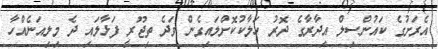
އެރަށުގެ ކައުންސިލް އިދާރާގެ ދޮރު ހަލާކުކޮށްލައިގެން ވަދެ ތިޖޫރީ ފަޅާލައި ދެ މިލިއަނެއްހާ